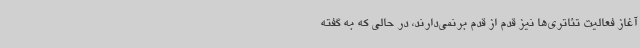
آغاز فعالیت تئاتری‌ها نیز قدم از قدم برنمی‌دارند، در حالی که به گفته